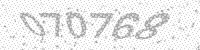
Solution: 070768